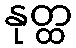
နုတ္ထ